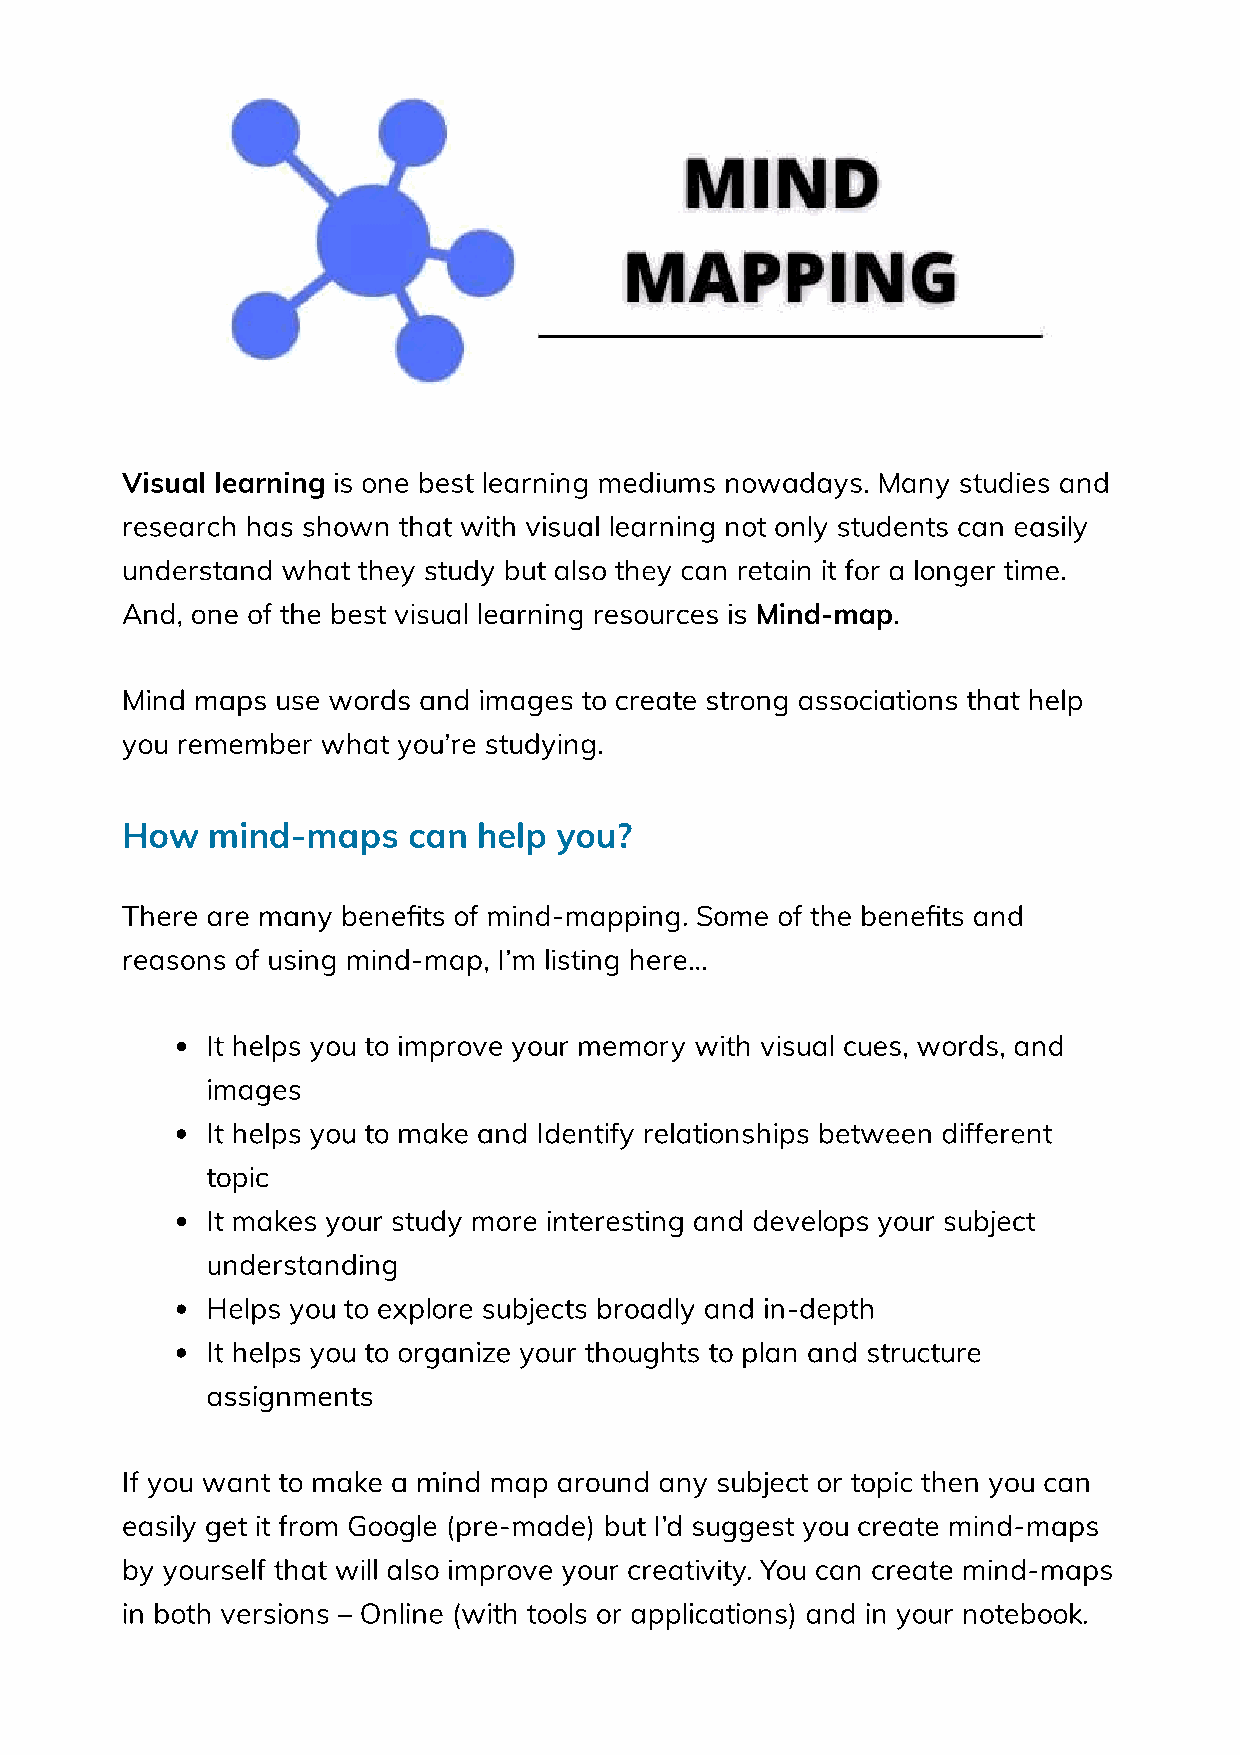
Visual learning is one best learning mediums nowadays. Many studies and
 research has shown that with visual learning not only students can easily
 understand what they study but also they can retain it for a longer time.
 And, one of the best visual learning resources is Mind-map.
 Mind maps use words and images to create strong associations that help
 you remember what you’re studying.
 How   mind-maps    can  help you?
 There are many benets of mind-mapping. Some of the benets and
 reasons of using mind-map, I’m listing here…
 It helps you to improve your memory with visual cues, words, and
 images
 It helps you to make and Identify relationships between different
 topic
 It makes your study more interesting and develops your subject
 understanding
 Helps you to explore subjects broadly and in-depth
 It helps you to organize your thoughts to plan and structure
 assignments
 If you want to make a mind map around any subject or topic then you can
 easily get it from Google (pre-made) but I’d suggest you create mind-maps
 by yourself that will also improve your creativity. You can create mind-maps
 in both versions – Online (with tools or applications) and in your notebook.